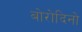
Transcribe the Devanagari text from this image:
बोरोदिनो